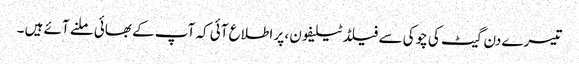
تیسرے دن گیٹ کی چوکی سے فیلڈ ٹیلیفون ، پر اطلاع آئی کہ آپ کے بھائی ملنے آئے ہیں ۔